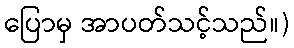
ပြောမှ အာပတ်သင့်သည်။)